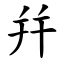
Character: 幷